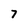
Character: 7